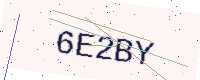
Text: 6E2BY